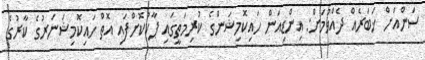
ސަންއަށް ޚަބަރެއް ދެއްވުމަށް: އިންޑިއަން ހައިކޮމިޝަންގެ ކުރިމަތީގައި ޕާކުކޮށްފައި އޮތް ހައިކޮމިޝަނަރުގެ ކާރުގެ